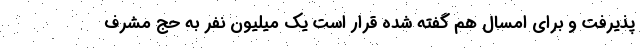
پذیرفت و برای امسال هم گفته شده قرار است یک میلیون نفر به حج مشرف